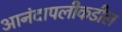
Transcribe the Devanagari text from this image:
आनंदापलीकडील